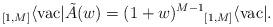
LaTeX: \begin{align*}{}_{[1, M]}\langle \mathrm{vac} | \tilde{A}(w)=(1+w)^{M-1}{}_{[1, M]}\langle \mathrm{vac} |. \end{align*}